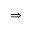
\Rightarrow